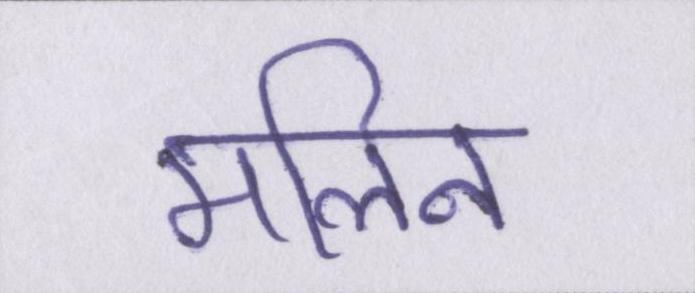
मलिन